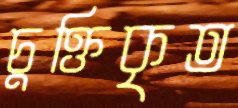
চুক্তিকৃত